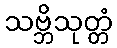
သဗ္ဘိသုတ္တံ